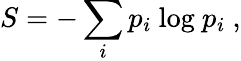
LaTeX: S=-\sum_{i}p_{i}~\mathrm{log}~p_{i}\ ,